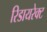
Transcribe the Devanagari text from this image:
रिडायरेक्ट